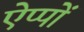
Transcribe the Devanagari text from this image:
ऐप्पों